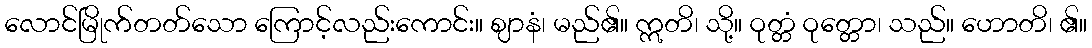
လောင်မြိုက်တတ်သော ကြောင့်လည်းကောင်း။ ဈာနံ၊ မည်၏။ ဣတိ၊ သို့။ ဝုတ္တံ ဝုတ္တော၊ သည်။ ဟောတိ၊ ၏။